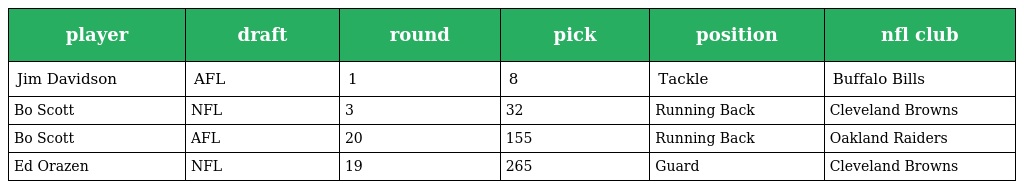
| player | draft | round | pick | position | nfl club |
 | --- | --- | --- | --- | --- | --- |
 | Jim Davidson | AFL | 1 | 8 | Tackle | Buffalo Bills |
 | Bo Scott | NFL | 3 | 32 | Running Back | Cleveland Browns |
 | Bo Scott | AFL | 20 | 155 | Running Back | Oakland Raiders |
 | Ed Orazen | NFL | 19 | 265 | Guard | Cleveland Browns |